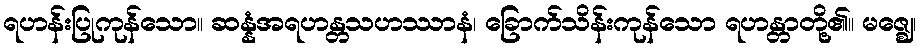
ရဟန်းပြုကုန်သော။ ဆန္နံအရဟန္တသဟဿာနံ၊ ခြောက်သိန်းကုန်သော ရဟန္တာတို့၏။ မဇ္ဈေ၊